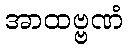
အာထဗ္ဗဏံ